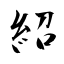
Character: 紹